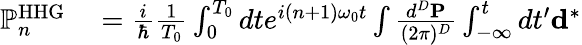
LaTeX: \begin{array}{rl}{\mathbb{P}_{n}^{\mathrm{HHG}}}&{{}=\frac{i}{\hbar}\frac{1}{T_{0}}\int_{0}^{T_{0}}dte^{i(n+1)\omega_{0}t}\int\frac{d^{D}{\mathbf P}}{(2\pi)^{D}}\int_{-\infty}^{t}dt^{\prime}{\mathbf d}^{*}}\end{array}